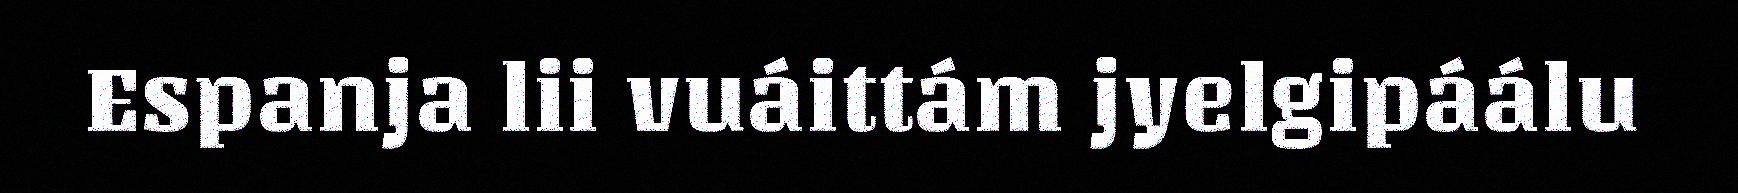
Espanja lii vuáittám jyelgipáálu